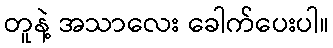
တူနဲ့ အသာလေး ခေါက်ပေးပါ။